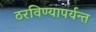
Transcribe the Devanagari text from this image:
ठरविण्यापर्यन्त